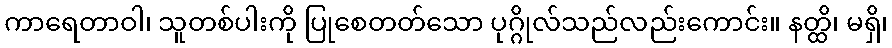
ကာရေတာဝါ၊ သူတစ်ပါးကို ပြုစေတတ်သော ပုဂ္ဂိုလ်သည်လည်းကောင်း။ နတ္ထိ၊ မရှိ၊